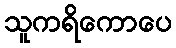
သူကရိကောပေ